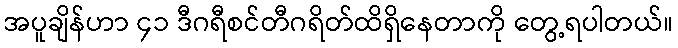
အပူချိန်ဟာ ၄၁ ဒီဂရီစင်တီဂရိတ်ထိရှိနေတာကို တွေ့ရပါတယ်။